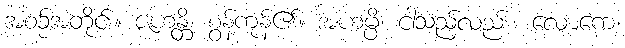
အစဉ်အတိုင်း။ ဇဟန္တိ၊ စွန့်ကုန်၏။ အဟမ္ပိ၊ ငါသည်လည်း။ လောကေ၊